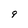
Character: 9